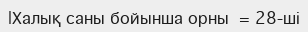
|Халық саны бойынша орны  = 28-ші